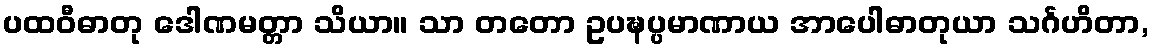
ပထဝီဓာတု ဒေါဏမတ္တာ သိယာ။ သာ တတော ဥပဍ္ဎပ္ပမာဏာယ အာပေါဓာတုယာ သင်္ဂဟိတာ,